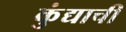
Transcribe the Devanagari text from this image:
कुंद्याचीं